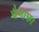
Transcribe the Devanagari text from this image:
चैगाछा